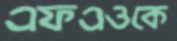
এফএওকে